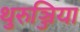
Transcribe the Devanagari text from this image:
थुरुञ्जिया